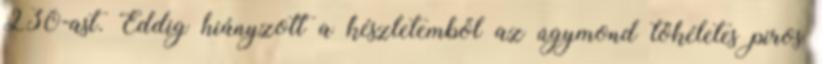
230-ast. Eddig hiányzott a készletemből az úgymond tökéletes piros